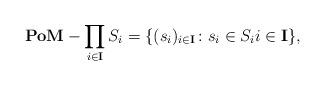
LaTeX: \begin{align*}\mathrm{\textbf{PoM}}-\prod_{i\in \mathbf{I}}S_i=\{(s_i)_{i\in \mathbf{I}}\colon s_i\in S_i i\in \mathbf{I}\},\end{align*}